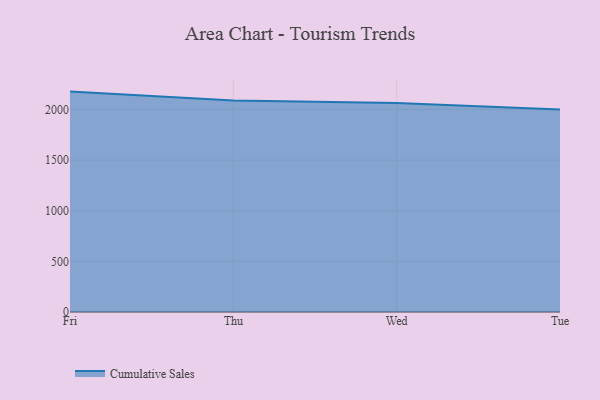
{"axis": {"x": "Day", "y": "Operating Costs (USD K)"}, "legend": ["Cumulative Sales"], "data": [{"x": "Fri", "y": 2176.6, "type": "Cumulative Sales"}, {"x": "Thu", "y": 2089.5, "type": "Cumulative Sales"}, {"x": "Wed", "y": 2063.1, "type": "Cumulative Sales"}, {"x": "Tue", "y": 2001.0, "type": "Cumulative Sales"}]}